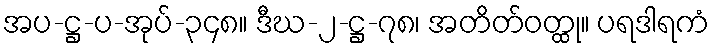
အပ-ဋ္ဌ-ပ-အုပ်-၃၄၈။ ဒီဃ-၂-ဋ္ဌ-၇၈၊ အတိတ်ဝတ္ထု။ ပရဒါရကံ